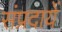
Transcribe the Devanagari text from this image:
संप्रदायें